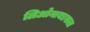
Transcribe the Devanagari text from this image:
लिओनायडसला